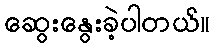
ဆွေးနွေးခဲ့ပါတယ်။